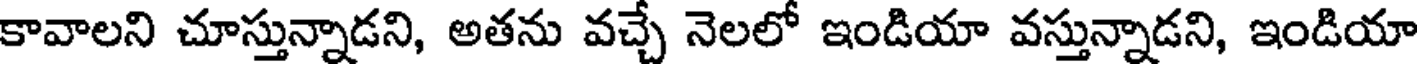
కావాలని చూస్తున్నాడని, అతను వచ్చే నెలలో ఇండియా వస్తున్నాడని, ఇండియా